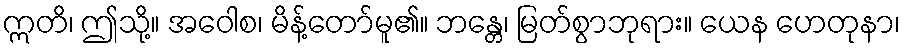
ဣတိ၊ ဤသို့။ အဝေါစ၊ မိန့်တော်မူ၏။ ဘန္တေ၊ မြတ်စွာဘုရား။ ယေန ဟေတုနာ၊